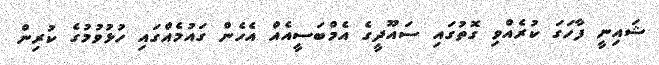
ޝައިނީ ފާހަގަ ކުރެއްވި ގޮތުގައި ސައޫދީގެ އެމްބަސީއެއް އެހެން ގައުމެއްގައި ހުޅުވުމުގެ ކުރިން